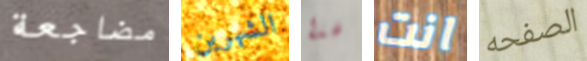
مضاجعة الشهرين لهذا انت الصفحه